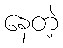
နေတဲ့